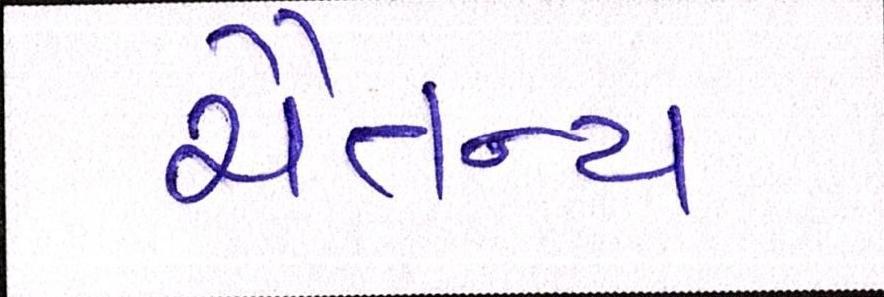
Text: ચૈતન્ય